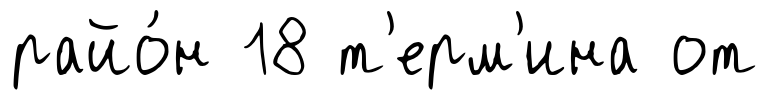
райо́н 18 т'ерм'ина от